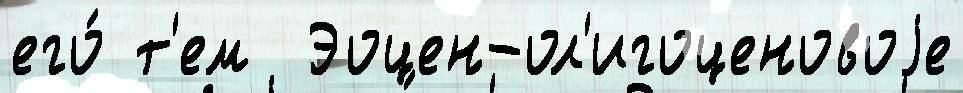
его́ т'ем  Эоцен-ол'игоценовоjе